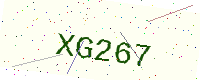
Text: XG267